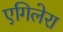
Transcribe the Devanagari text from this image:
एगिलेरा